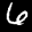
Label: 6